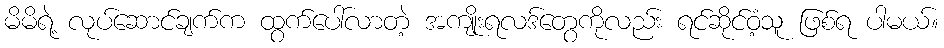
မိမိရဲ့ လုပ်ဆောင်ချက်က ထွက်ပေါ်လာတဲ့ အကျိုးရလဒ်တွေကိုလည်း ရင်ဆိုင်ဝံ့သူ ဖြစ်ရ ပါမယ်။